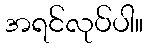
အရင်လုပ်ပါ။